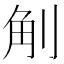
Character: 㓩